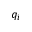
q _ { i }